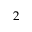
2